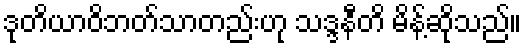
ဒုတိယာဝိဘတ်သာတည်းဟု သဒ္ဒနီတိ မိန့်ဆိုသည်။